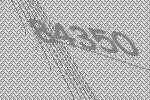
84350